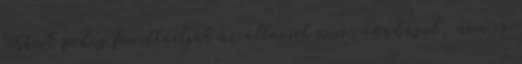
többiek pedig fennttartják az államot ami, ráadásul, nem is